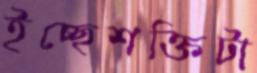
ইচ্ছেশক্তিটা